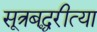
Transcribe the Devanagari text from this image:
सूत्रबद्धरीत्या